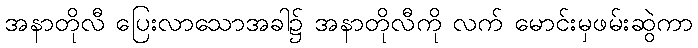
အနာတိုလီ ပြေးလာသောအခါ၌ အနာတိုလီကို လက် မောင်းမှဖမ်းဆွဲကာ